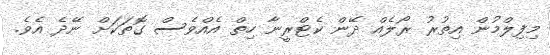
މިފިލްމުން އިތުރު ރޯލެއް ދޭން ކެޓްރީނާ ހިތް އެއްވެސް ގޮތަކަށް ނޭދެ އެވެ.